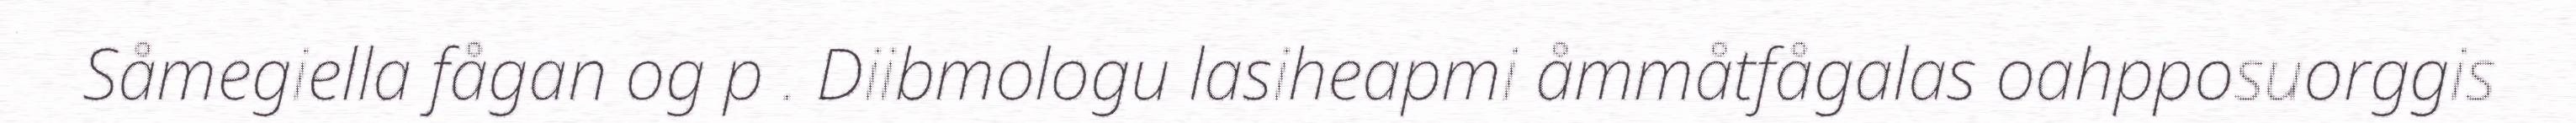
Såmegiella fågan og p . Diibmologu lasiheapmi åmmåtfågalas oahpposuorggis